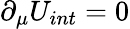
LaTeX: \partial_{\mu}U_{int}=0